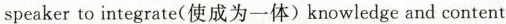
speaker to integrate(使成为一体)knowledge and content